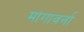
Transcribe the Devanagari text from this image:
मांगावर्ना